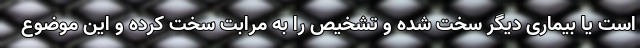
است یا بیماری دیگر سخت شده و تشخیص را به مرابت سخت کرده و این موضوع